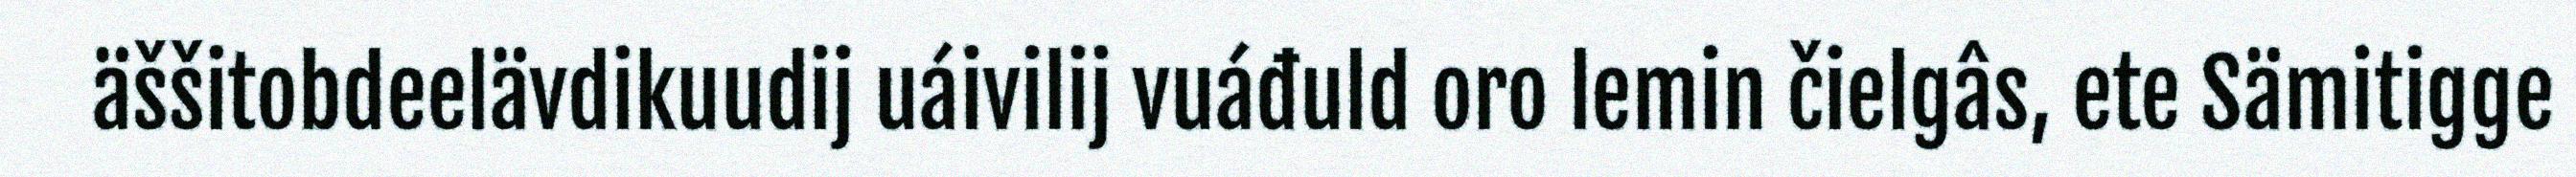
äššitobdeelävdikuudij uáivilij vuáđuld oro lemin čielgâs, ete Sämitigge